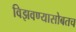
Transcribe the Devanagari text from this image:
विझवण्यासोबतच